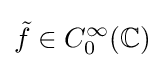
{\tilde {f}}\in C_{0}^{\infty }(\mathbb {C} )